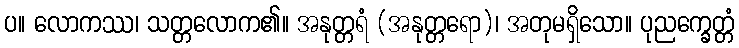
ပ။ လောကဿ၊ သတ္တလောက၏။ အနုတ္တရံ (အနုတ္တရော)၊ အတုမရှိသော။ ပုညက္ခေတ္တံ